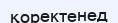
қоректенед